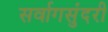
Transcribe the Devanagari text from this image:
सर्वागसुंदरी